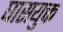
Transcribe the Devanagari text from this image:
घासयुक्त